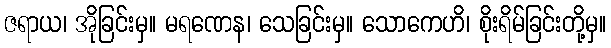
ဇရာယ၊ အိုခြင်းမှ။ မရဏေန၊ သေခြင်းမှ။ သောကေဟိ၊ စိုးရိမ်ခြင်းတို့မှ။